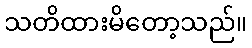
သတိထားမိတော့သည်။